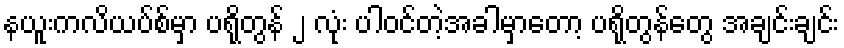
နယူးကလိယပ်စ်မှာ ပရိုတွန် ၂ လုံး ပါဝင်တဲ့အခါမှာတော့ ပရိုတွန်တွေ အချင်းချင်း